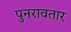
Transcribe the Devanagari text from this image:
पुनरावतार